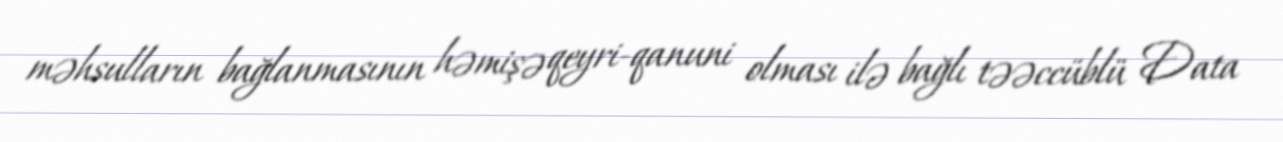
məhsulların bağlanmasının həmişə qeyri-qanuni olması ilə bağlı təəccüblü Data